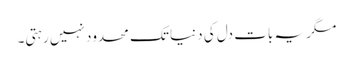
مگر یہ بات دل کی دنیا تک محدود نہیں رہتی۔